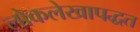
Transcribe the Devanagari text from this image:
लोकलेखापद्धत